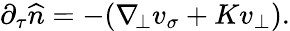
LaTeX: \begin{array}{r}{\partial_{\tau}\widehat{n}=-(\nabla_{\! \bot}v_{\sigma}+Kv_{\bot}).}\end{array}